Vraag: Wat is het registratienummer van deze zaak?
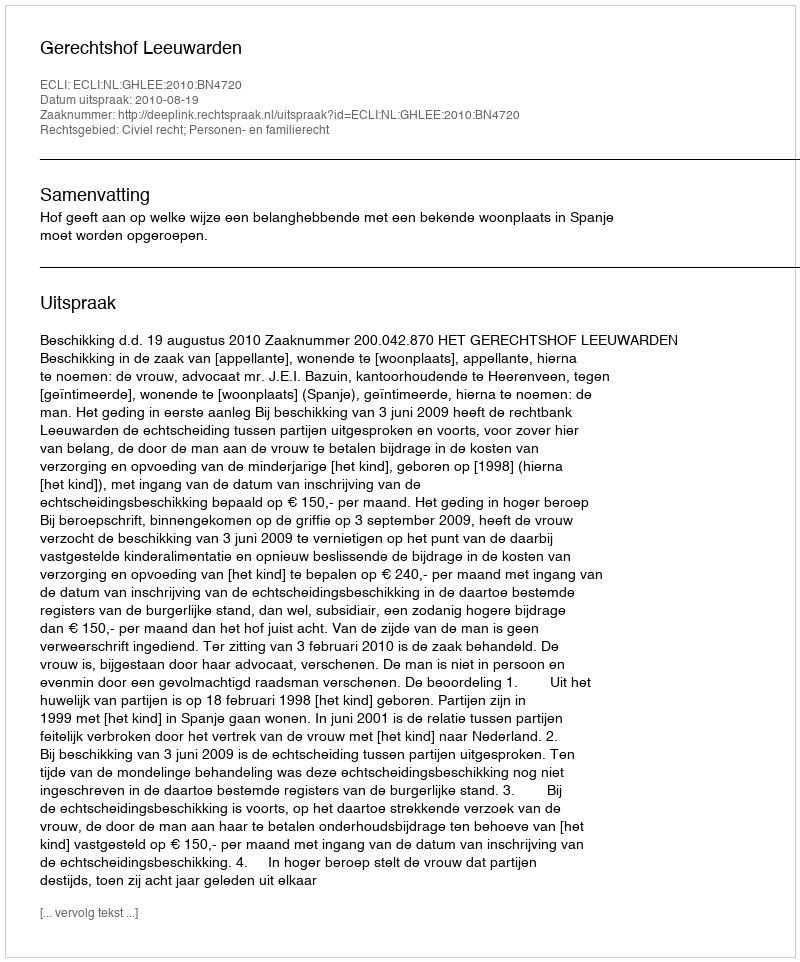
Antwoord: http://deeplink.rechtspraak.nl/uitspraak?id=ECLI:NL:GHLEE:2010:BN4720